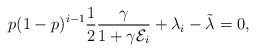
\begin{align*}p(1-p)^{i-1}\frac{1}{2}\frac{\gamma}{1+\gamma\mathcal{E}_i}+\lambda_i-\tilde{\lambda}=0,\end{align*}